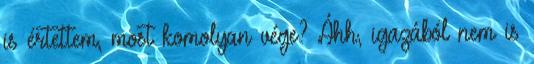
is értettem, most komolyan vége? Áhh, igazából nem is